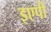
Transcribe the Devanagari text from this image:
इएपी